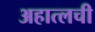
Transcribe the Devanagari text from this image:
अहात्लची